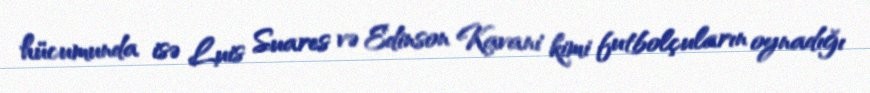
hücumunda isə Luis Suares və Edinson Kavani kimi futbolçuların oynadığı